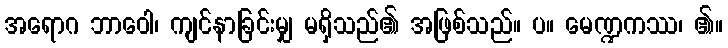
အရောဂ ဘာဝေါ၊ ကျင်နာခြင်းမျှ မရှိသည်၏ အဖြစ်သည်။ ပ။ မေဏ္ဍကဿ၊ ၏။